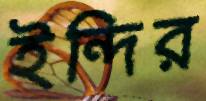
ইন্দির